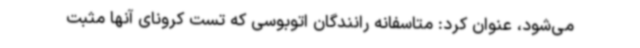
می‌شود، عنوان کرد: متاسفانه رانندگان اتوبوسی که تست کرونای آنها مثبت